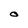
Character: O